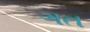
ગત